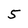
Character: 5